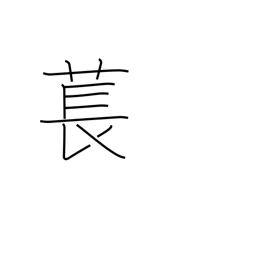
Meaning: type of plant